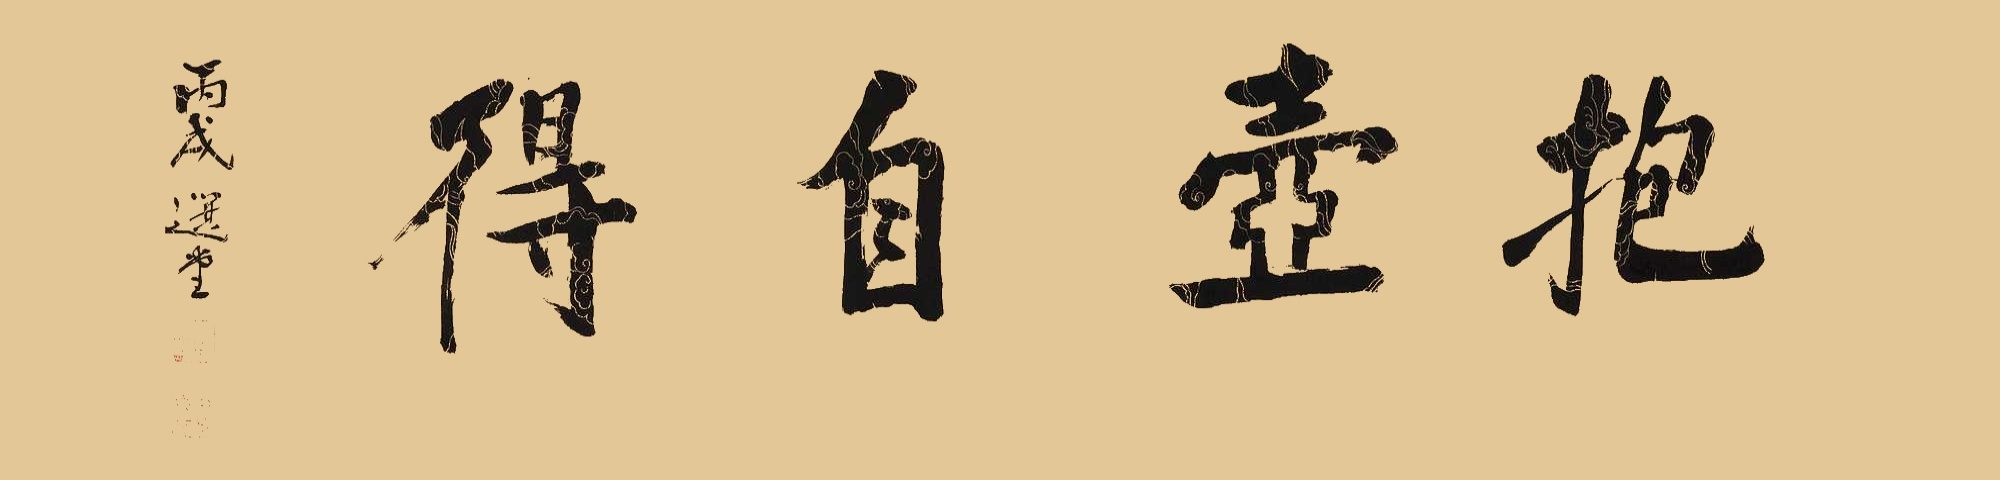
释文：抱壶自得。丙戌，选堂。